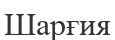
Шарғия